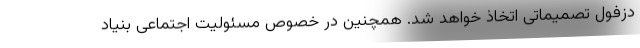
دزفول تصمیماتی اتخاذ خواهد شد. همچنین در خصوص مسئولیت اجتماعی بنیاد